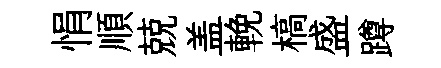
悁順兢盖輓槁盛蹲